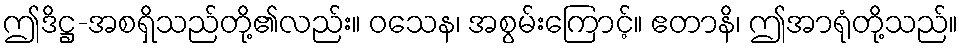
ဤဒိဋ္ဌ-အစရှိသည်တို့၏လည်း။ ဝသေန၊ အစွမ်းကြောင့်။ ဧတာနိ၊ ဤအာရုံတို့သည်။